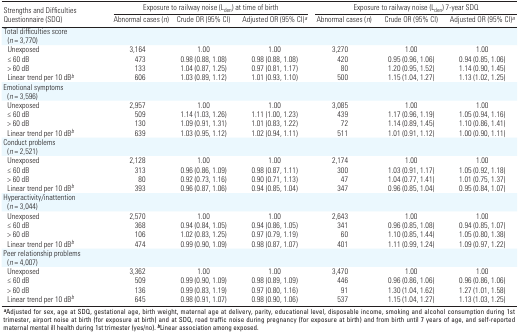
<table><thead><tr><td rowspan="2"><b>Strengths and Difficulties Questionnaire (SDQ)</b></td><td colspan="3"><b>Exposure to railway noise (L<sub>den</sub>) at time of birth</b></td><td colspan="3"><b>Exposure to railway noise (L<sub>den</sub>) 7-year SDQ</b></td></tr><tr><td><b>Abnormal cases (<i>n</i>)</b></td><td><b>Crude OR (95% CI)</b></td><td><b>Adjusted OR (95% CI)<sup><i>a</i></sup></b></td><td><b>Abnormal cases (<i>n</i>)</b></td><td><b>Crude OR (95% CI)</b></td><td><b>Adjusted OR (95% CI)<sup><i>a</i></sup></b></td></tr></thead><tbody><tr><td><b>Total difficulties score (<i>n</i> = 3,770)</b></td></tr><tr><td><b>Unexposed</b></td><td>3,164</td><td>1.00</td><td>1.00</td><td>3,270</td><td>1.00</td><td>1.00</td></tr><tr><td><b>≤ 60 dB</b></td><td>473</td><td>0.98‐(0.88,‐1.08)</td><td>0.98‐(0.88,‐1.08)</td><td>420</td><td>0.95‐(0.96,‐1.06)</td><td>0.94‐(0.85,‐1.06)</td></tr><tr><td><b>&gt; 60 dB</b></td><td>133</td><td>1.04 (0.87, 1.25)</td><td>0.97 (0.81, 1.17)</td><td>80</td><td>1.20 (0.95, 1.52)</td><td>1.14 (0.90, 1.45)</td></tr><tr><td><b>Linear trend per 10 dB<sup><i>b</i></sup></b></td><td>606</td><td>1.03 (0.89, 1.12)</td><td>1.01 (0.93, 1.10)</td><td>500</td><td>1.15 (1.04, 1.27)</td><td>1.13 (1.02, 1.25)</td></tr><tr><td><b>Emotional symptoms (<i>n</i> = 3,596)</b></td></tr><tr><td><b>Unexposed</b></td><td>2,957</td><td>1.00</td><td>1.00</td><td>3,085</td><td>1.00</td><td>1.00</td></tr><tr><td><b>≤ 60 dB</b></td><td>509</td><td>1.14 (1.03, 1.26)</td><td>1.11 (1.00, 1.23)</td><td>439</td><td>1.17 (0.96, 1.19)</td><td>1.05 (0.94, 1.16)</td></tr><tr><td><b>&gt; 60 dB</b></td><td>130</td><td>1.09 (0.91, 1.31)</td><td>1.01 (0.83, 1.22)</td><td>72</td><td>1.14 (0.89, 1.45)</td><td>1.10 (0.86, 1.41)</td></tr><tr><td><b>Linear trend per 10 dB<sup><i>b</i></sup></b></td><td>639</td><td>1.03 (0.95, 1.12)</td><td>1.02 (0.94, 1.11)</td><td>511</td><td>1.01 (0.91, 1.12)</td><td>1.00 (0.90, 1.11)</td></tr><tr><td><b>Conduct problems (<i>n</i> = 2,521)</b></td></tr><tr><td><b>Unexposed</b></td><td>2,128</td><td>1.00</td><td>1.00</td><td>2,174</td><td>1.00</td><td>1.00</td></tr><tr><td><b>≤ 60 dB</b></td><td>313</td><td>0.96 (0.86, 1.09)</td><td>0.98 (0.87, 1.11)</td><td>300</td><td>1.03 (0.91, 1.17)</td><td>1.05 (0.92, 1.18)</td></tr><tr><td><b>&gt; 60 dB</b></td><td>80</td><td>0.92 (0.73, 1.16)</td><td>0.90 (0.71, 1.13)</td><td>47</td><td>1.04 (0.77, 1.41)</td><td>1.01 (0.75, 1.37)</td></tr><tr><td><b>Linear trend per 10 dB<sup><i>b</i></sup></b></td><td>393</td><td>0.96 (0.87, 1.06)</td><td>0.94 (0.85, 1.04)</td><td>347</td><td>0.96 (0.85, 1.04)</td><td>0.95 (0.84, 1.07)</td></tr><tr><td><b>Hyperactivity/inattention (<i>n</i> = 3,044)</b></td></tr><tr><td><b>Unexposed</b></td><td>2,570</td><td>1.00</td><td>1.00</td><td>2,643</td><td>1.00</td><td>1.00</td></tr><tr><td><b>≤ 60 dB</b></td><td>368</td><td>0.94 (0.84, 1.05)</td><td>0.94 (0.86, 1.05)</td><td>341</td><td>0.96 (0.85, 1.08)</td><td>0.94 (0.85, 1.07)</td></tr><tr><td><b>&gt; 60 dB</b></td><td>106</td><td>1.02 (0.83, 1.25)</td><td>0.97 (0.79, 1.19)</td><td>60</td><td>1.10 (0.85, 1.44)</td><td>1.05 (0.80, 1.38)</td></tr><tr><td><b>Linear trend per 10 dB<sup><i>b</i></sup></b></td><td>474</td><td>0.99 (0.90, 1.09)</td><td>0.98 (0.87, 1.07)</td><td>401</td><td>1.11 (0.99, 1.24)</td><td>1.09 (0.97, 1.22)</td></tr><tr><td><b>Peer relationship problems (<i>n</i> = 4,007)</b></td></tr><tr><td><b>Unexposed</b></td><td>3,362</td><td>1.00</td><td>1.00</td><td>3,470</td><td>1.00</td><td>1.00</td></tr><tr><td><b>≤ 60 dB</b></td><td>509</td><td>0.99 (0.90, 1.09)</td><td>0.98 (0.89, 1.09)</td><td>446</td><td>0.96 (0.86, 1.06)</td><td>0.96 (0.86, 1.06)</td></tr><tr><td><b>&gt; 60 dB</b></td><td>136</td><td>0.99 (0.83, 1.19)</td><td>0.97 (0.80, 1.16)</td><td>91</td><td>1.30 (1.04, 1.62)</td><td>1.27 (1.01, 1.58)</td></tr><tr><td><b>Linear trend per 10 dB<sup><i>b</i></sup></b></td><td>645</td><td>0.98 (0.91, 1.07)</td><td>0.98 (0.90, 1.06)</td><td>537</td><td>1.15 (1.04, 1.27)</td><td>1.13 (1.03, 1.25)</td></tr><tr><td colspan="7"><sup><i><b>a</b></i></sup>Adjusted for sex, age at SDQ, gestational age, birth weight, maternal age at delivery, parity, educational level, disposable income, smoking and alcohol consumption during 1st trimester, airport noise at birth (for exposure at birth) and at SDQ, road traffic noise during pregnancy (for exposure at birth) and from birth until 7 years of age, and self-reported maternal mental ill health during 1st trimester (yes/no). <sup><i><b>b</b></i></sup>Linear association among exposed.</td></tr></tbody></table>